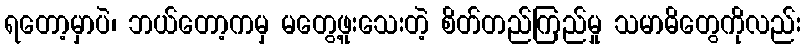
ရတော့မှာပဲ၊ ဘယ်တော့ကမှ မတွေ့ဖူးသေးတဲ့ စိတ်တည်ကြည်မှု သမာဓိတွေကိုလည်း